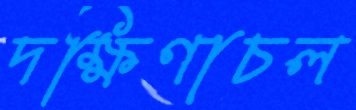
দক্ষিণাচল